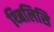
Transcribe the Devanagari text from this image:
थ्बिलिसि